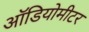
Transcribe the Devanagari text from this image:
ऑडियोमीटर